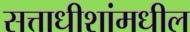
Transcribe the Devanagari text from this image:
सत्ताधीशांमधील